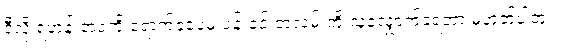
ဒီလို ရဟန်းဘဝကို ရောက်ခဲ့ပေမဲ့ ပန်းခင်းတဲ့လမ်းကို သူလျှောက်ခဲ့ရတာ မဟုတ်ပါဘူး။